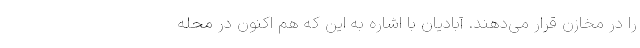
را در مخازن قرار می‌دهند. آبادیان با اشاره به این که هم اکنون در محله